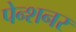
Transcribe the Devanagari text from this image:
पेन्शनर